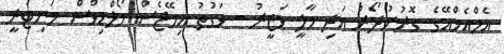
އެމްއެމްއޭގެ ގޮރުނުދޯރު އަދި މާލީ ވަޒީރު - ވަގުތު އިމޭޖެސް މޯލްޑިވްސް މަނިޓަރީ